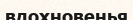
вдохновенья